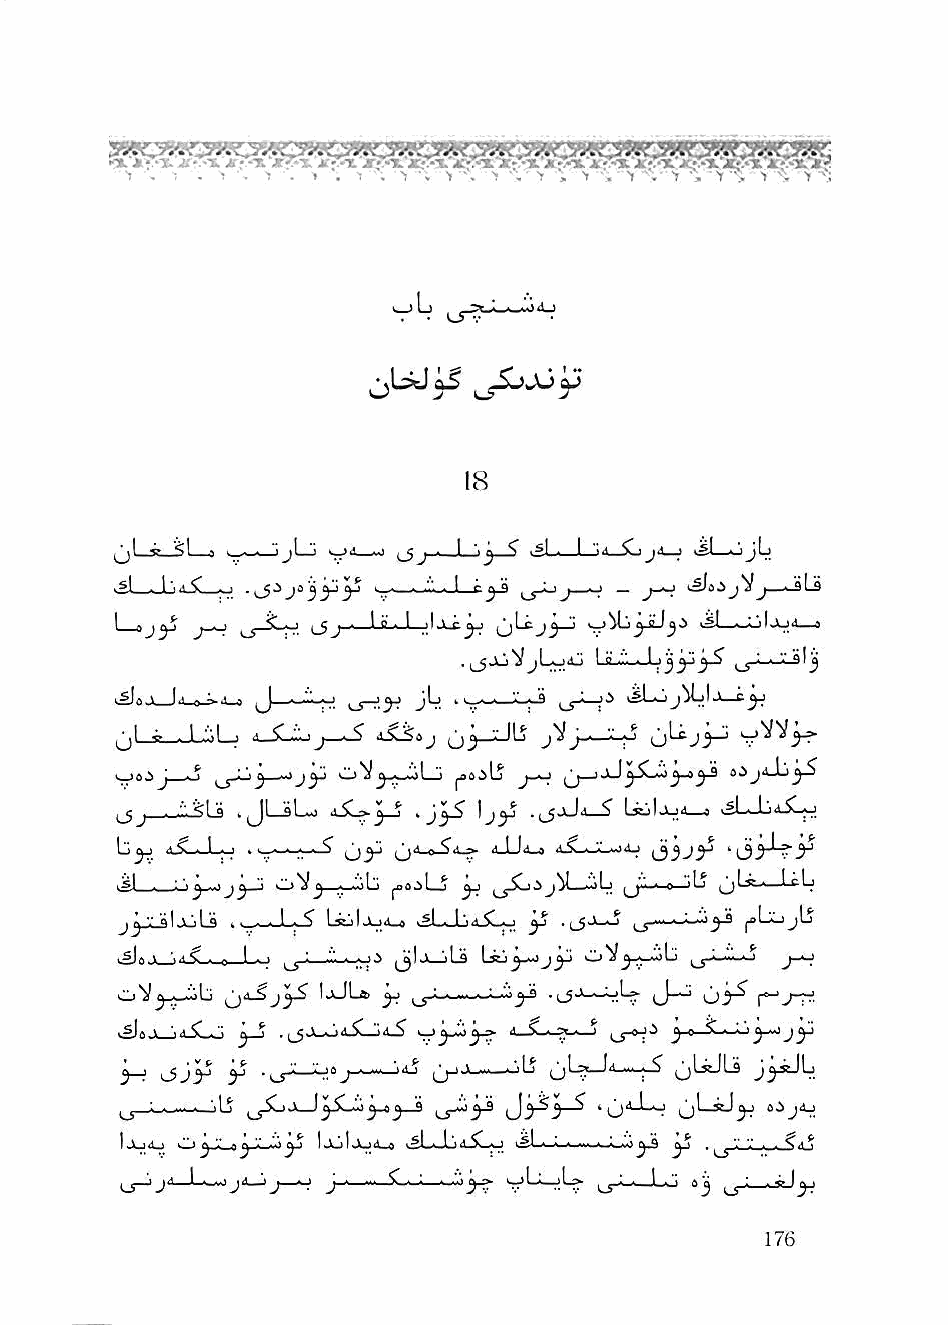
1 . : - T •- > . t . 1 . 1 •. 1 •, > •; -r , > ,. •* ■. -7 '. 1 ••, 1 -. -I \
 si—s ' . - —~jjlj L'j■ - --<.1 ^_5j ■ I ^ .g| ■ \ "a i > jA 1 isl i-ijlj
 .si . 1 \ 4 C . »     1 ^ ^ ^ ' J ' ' ~~ J"^ «^Oi>^Vj» *
 I—ajy                                 JL—ijlj.J>l—J
 1^0 j_Jd_o_i.j_j ^ ■ ""■ ■ ; jL) I ■ ■ ,■ »sl—I jMjIj—
 ^1^. 1 .'.'li 1 ii_'C -'■ 1J— iS^aJ '■' its jVj... '•' J3~^
 . .A \ J . ^ ^ : 'i^ ••'J j" J |jo.iLj j--b Oi> j4_L>^-S
 .JLsLj i5L>^ '  'jy -ijjJi—S" LkjIajj—s .si—bi5l^
 aslj-jj .l_—.a—j (j4.^<!^ j_u^ iSL^jL-idj i^yy
 'Sl . : .^ ..1 1 oV^^——jLj ^Oi^Lb yj -)b ^iii' 0 'b .I cLj
 j^LsljuU    S" UuIajA.® ^sLJj4jbj y .(J-Il-aj ^ jaLlijlj
 '■ A<" . „ 1 . 1 ^ ^Ijk—jLs Lstj^—tj^ oVj-^)lj ^■•■■"'11-? j-^
 ^.a—jLj ^iS I,aJL» y ^j.L.-.ii.--_-ii;_..i'_j-3^ ..(^_05J——~o-iUL^ J-ai; 05^ r""*J^-
 kSJoJ^a-SLo yj .^Jl-oA^LHa-S" A-<,. >. t J 0 ;'|^ jy
 iin-i l5J5^ y            oL5       _? ^UJli J^b
 ,^'-w—-.Is ^_y5ba_J^ib:i^^ J.^3-^ '0''-'-^
 1jlj(U) t-"i ^ '-' -y " y I.Jul*UA.^ »^L*»bA^—] y ^ '.' '.' . . ^a ^
 ^_j_.ja_L—jji_:.j_^ J—■—-C^—w'^^ yb-jU. i^yi—J-o 8^